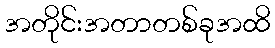
အတိုင်းအတာတစ်ခုအထိ